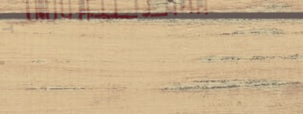
خدمات الترجمة والتدقيق ال